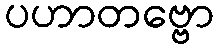
ပဟာတဗ္ဗော